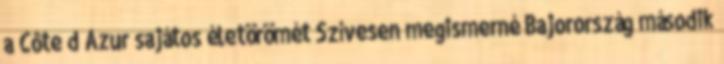
a Côte d’Azur sajátos életörömét Szívesen megismerné Bajorország második